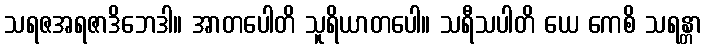
သရဇအရဇာဒိဘေဒါ။ အာတပေါတိ သူရိယာတပေါ။ သရီသပါတိ ယေ ကေစိ သရန္တာ